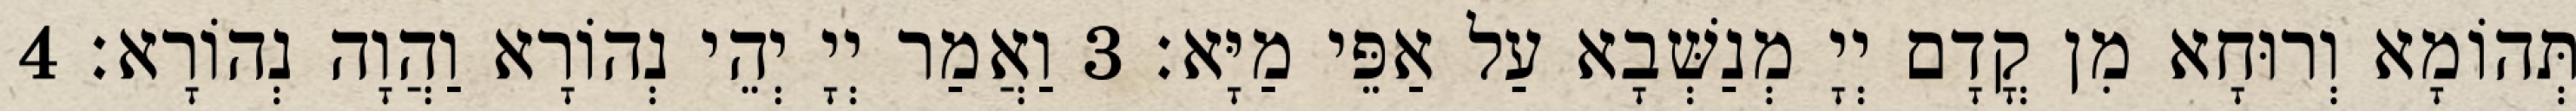
תְּהוֹמָא וְרוּחָא מִן קֳדָם יְיָ מְנַשְּׁבָא עַל אַפֵּי מַיָּא׃ 3 וַאֲמַר יְיָ יְהֵי נְהוֹרָא וַהֲוָה נְהוֹרָא׃ 4